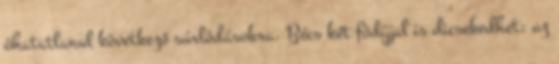
óhatatlanul következő súrlódásokra. Bécs két fődíjjal is dicsekedhet: az